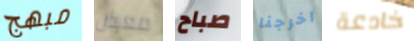
مبهج معرض صباح اخرجنا خادعة